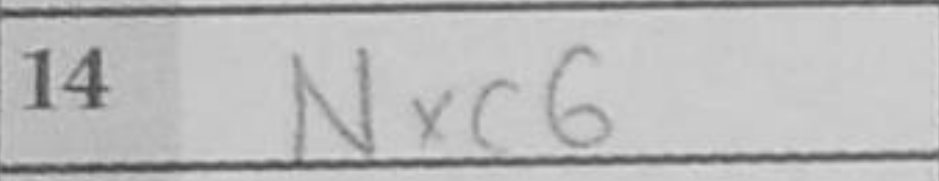
Transcription: Nxc6